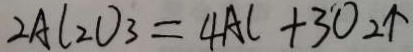
2 A l _ { 2 } O _ { 3 } = 4 A l + 3 O _ { 2 } \uparrow